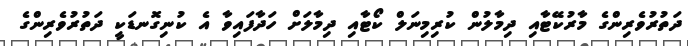
ދަތުރުވެރިންގެ މާރުކޭޓާއި ދިމާލުން ކުރިމިނަލް ކޯޓާއި ދިމާލަށް ހަދާފައިވާ އެ ކުނިގޮނޑަކީ ދަތުރުވެރިންގެ